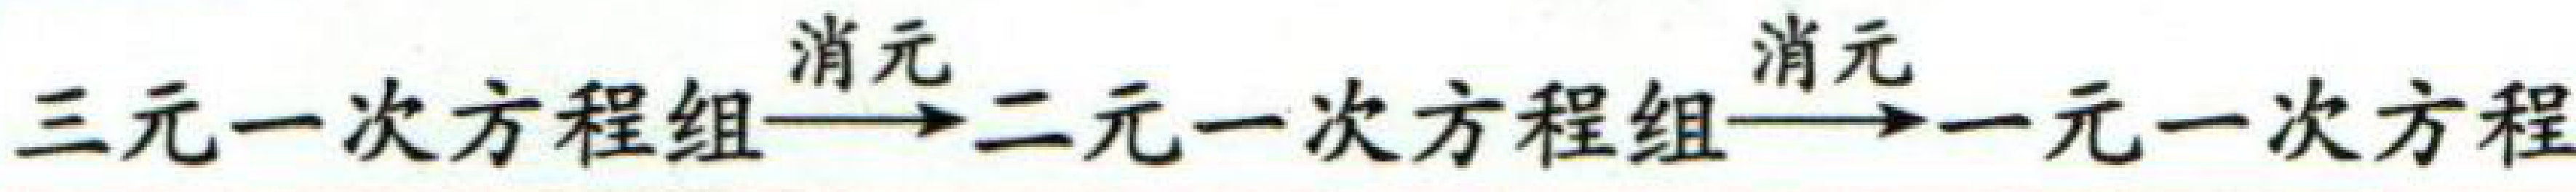
三元一次方程组\(\xrightarrow{消元}\)二元一次方程组\(\xrightarrow{消元}\)一元一次方程